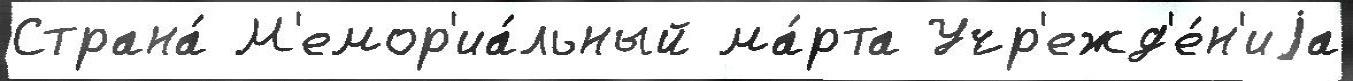
Страна́ М'емор'иа́льный ма́рта Учр'ежд'е́н'иjа